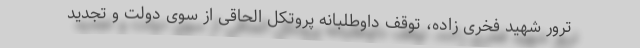
ترور شهید فخری زاده، توقف داوطلبانه پروتکل الحاقی از سوی دولت و تجدید